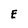
Character: E